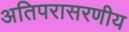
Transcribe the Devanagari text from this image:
अतिपरासरणीय